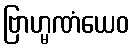
ဗြာဟ္မဏံယေဝ